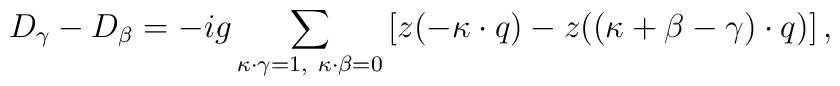
D_{\gamma}-D_{\beta}=-ig\sum_{\kappa\cdot\gamma=1,\ \kappa\cdot\beta=0}\left[z(-\kappa\cdot q)-z((\kappa+\beta-\gamma)\cdot q)\right],